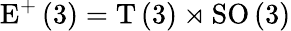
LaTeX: \mathrm{E}^{+}\left(3\right)=\mathrm{T}\left(3\right)\rtimes\mathrm{SO}\left(3\right)